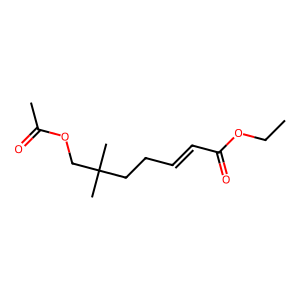
SMILES: CCOC(=O)C=CCCC(C)(C)COC(C)=O
Inhibits HIV replication: No